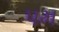
પમ